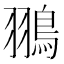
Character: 翵